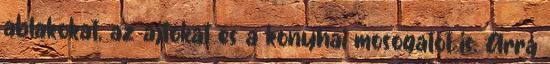
ablakokat, az ajtókat és a konyhai mosogatót is. Arra